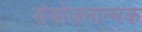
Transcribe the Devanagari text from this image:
संयोजनात्मक